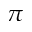
\pi